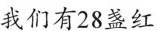
我们有28盏红